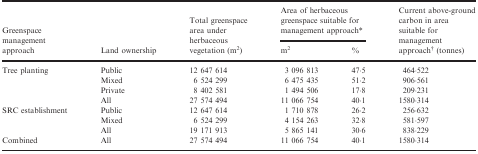
<table><thead><tr><td rowspan="2"><b>Greenspace management approach</b></td><td rowspan="2"><b>Land ownership</b></td><td rowspan="2"><b>Total greenspace area under herbaceous vegetation (m<sup>2</sup>)</b></td><td colspan="2"><b>Area of herbaceous greenspace suitable for management approacha</b></td><td rowspan="2"><b>Current above‐ground carbon in area suitable for management approachb (tonnes)</b></td></tr><tr><td><b>m<sup>2</sup></b></td><td><b>%</b></td></tr></thead><tbody><tr><td rowspan="4">Tree planting</td><td>Public</td><td>12 647 614</td><td>3 096 813</td><td>47·5</td><td>464·522</td></tr><tr><td>Mixed</td><td>6 524 299</td><td>6 475 435</td><td>51·2</td><td>906·561</td></tr><tr><td>Private</td><td>8 402 581</td><td>1 494 506</td><td>17·8</td><td>209·231</td></tr><tr><td>All</td><td>27 574 494</td><td>11 066 754</td><td>40·1</td><td>1580·314</td></tr><tr><td rowspan="3">SRC establishment</td><td>Public</td><td>12 647 614</td><td>1 710 878</td><td>26·2</td><td>256·632</td></tr><tr><td>Mixed</td><td>6 524 299</td><td>4 154 263</td><td>32·8</td><td>581·597</td></tr><tr><td>All</td><td>19 171 913</td><td>5 865 141</td><td>30·6</td><td>838·229</td></tr><tr><td>Combined</td><td>All</td><td>27 574 494</td><td>11 066 754</td><td>40·1</td><td>1580·314</td></tr></tbody></table>